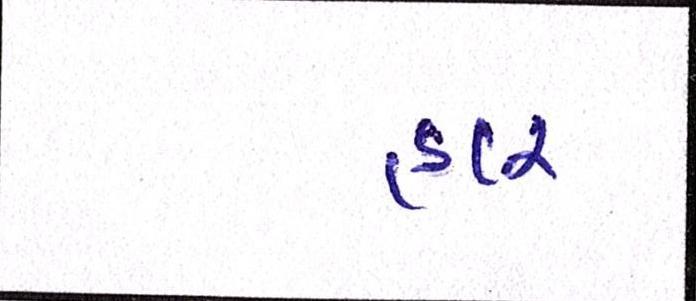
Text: હાર